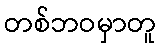
တစ်ဘဝမှာတူ